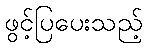
ဖွင့်ပြပေးသည့်